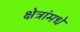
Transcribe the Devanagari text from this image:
क्षेत्रांमधे